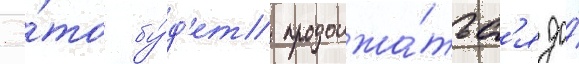
Э́то бу́д'ет продолжа́тьс'я до́